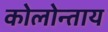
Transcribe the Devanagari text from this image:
कोलोन्ताय